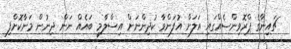
ޗައިނާގެ ޕްރޮވިންސެއްގައި އަލަށް އުފަންވާ ކުދިންނަށް އިސްލާމީ ބައެއް ނަން ދިނުން މަނާކޮށްފި